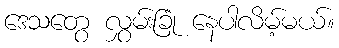
ဒေသတွေ လွှမ်းခြုံ နေပါလိမ့်မယ်။